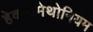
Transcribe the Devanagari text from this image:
हेक्सामेथोनियम